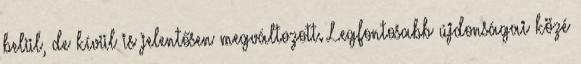
belül, de kívül is jelentősen megváltozott. Legfontosabb újdonságai közé